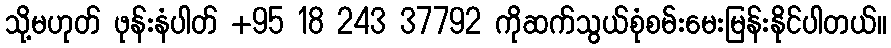
သို့မဟုတ် ဖုန်းနံပါတ် +95 18 243 37792 ကိုဆက်သွယ်စုံစမ်းမေးမြန်းနိုင်ပါတယ်။